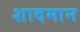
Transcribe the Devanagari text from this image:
शादमान